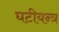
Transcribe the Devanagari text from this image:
घटीयन्त्र